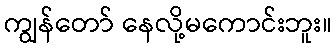
ကျွန်တော် နေလို့မကောင်းဘူး။